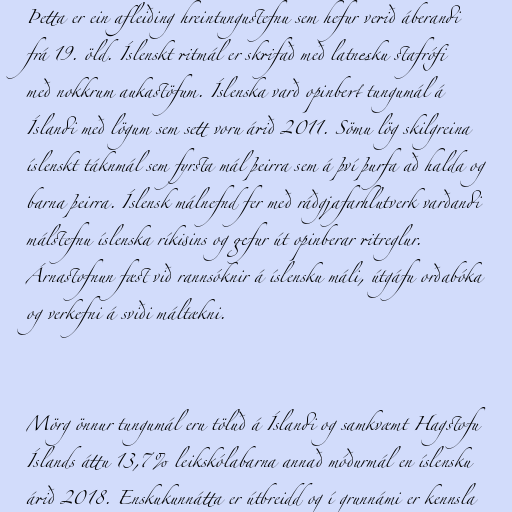
Þetta er ein afleiðing hreintungustefnu sem hefur verið áberandi
frá 19. öld. Íslenskt ritmál er skrifað með latnesku stafrófi
með nokkrum aukastöfum. Íslenska varð opinbert tungumál á
Íslandi með lögum sem sett voru árið 2011. Sömu lög skilgreina
íslenskt táknmál sem fyrsta mál þeirra sem á því þurfa að halda og
barna þeirra. Íslensk málnefnd fer með ráðgjafarhlutverk varðandi
málstefnu íslenska ríkisins og gefur út opinberar ritreglur.
Árnastofnun fæst við rannsóknir á íslensku máli, útgáfu orðabóka
og verkefni á sviði máltækni.

Mörg önnur tungumál eru töluð á Íslandi og samkvæmt Hagstofu
Íslands áttu 13,7% leikskólabarna annað móðurmál en íslensku
árið 2018. Enskukunnátta er útbreidd og í grunnámi er kennsla